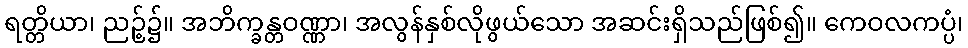
ရတ္တိယာ၊ ညဉ့်၌။ အဘိက္ခန္တဝဏ္ဏာ၊ အလွန်နှစ်လိုဖွယ်သော အဆင်းရှိသည်ဖြစ်၍။ ကေဝလကပ္ပံ၊